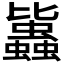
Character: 𧔻